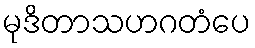
မုဒိတာသဟဂတံပေ